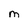
Character: M